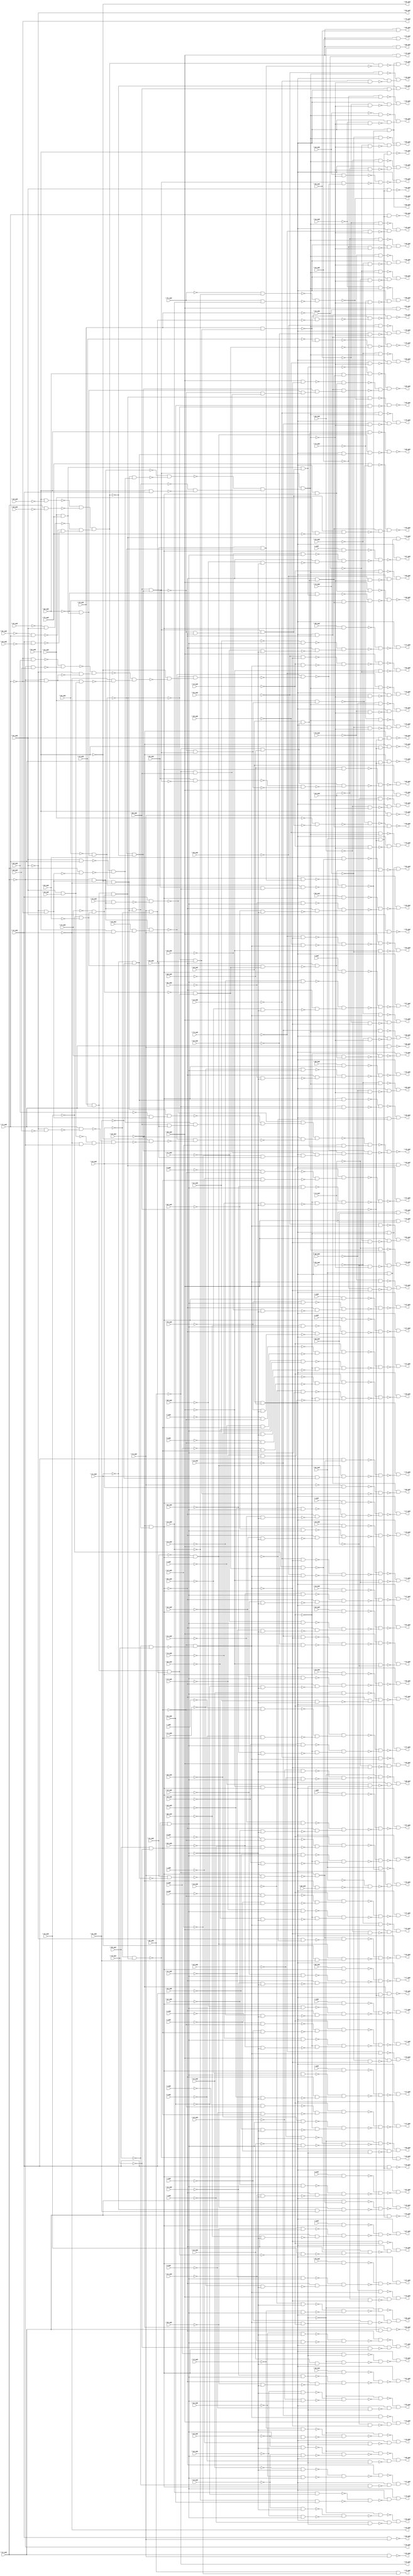
module top( \a0_pad  , \a1_pad  , \a2_pad  , \a3_pad  , \a4_pad  , a_pad , \b0_pad  , \b1_pad  , \b2_pad  , \b3_pad  , \b4_pad  , b_pad , \c0_pad  , \c1_pad  , \c2_pad  , \c3_pad  , \c4_pad  , c_pad , \d0_pad  , \d1_pad  , \d2_pad  , \d3_pad  , \d4_pad  , d_pad , \e0_pad  , \e1_pad  , \e2_pad  , \e3_pad  , \e4_pad  , e_pad , \f0_pad  , \f1_pad  , \f2_pad  , \f3_pad  , \f4_pad  , f_pad , \g0_pad  , \g1_pad  , \g2_pad  , \g3_pad  , \g4_pad  , g_pad , \h0_pad  , \h1_pad  , \h2_pad  , \h3_pad  , \h4_pad  , h_pad , \i0_pad  , \i1_pad  , \i2_pad  , \i3_pad  , \i4_pad  , i_pad , \j0_pad  , \j1_pad  , \j2_pad  , \j3_pad  , \j4_pad  , j_pad , \k0_pad  , \k1_pad  , \k2_pad  , \k3_pad  , k_pad , \l0_pad  , \l1_pad  , \l2_pad  , \l3_pad  , \l4_pad  , l_pad , \m0_pad  , \m1_pad  , \m2_pad  , \m3_pad  , \m6_pad  , m_pad , \n0_pad  , \n1_pad  , \n2_pad  , \n3_pad  , \n4_pad  , n_pad , \o0_pad  , \o1_pad  , \o2_pad  , \o3_pad  , o_pad , \p0_pad  , \p1_pad  , \p2_pad  , \p3_pad  , p_pad , \q0_pad  , \q1_pad  , \q2_pad  , \q3_pad  , q_pad , \r1_pad  , \r2_pad  , \r3_pad  , r_pad , \s0_pad  , \s1_pad  , \s2_pad  , \s3_pad  , s_pad , \t0_pad  , \t1_pad  , \t2_pad  , \t3_pad  , \t4_pad  , t_pad , \u0_pad  , \u1_pad  , \u2_pad  , \u4_pad  , u_pad , \v0_pad  , \v1_pad  , \v2_pad  , v_pad , \w0_pad  , \w1_pad  , \w2_pad  , \w3_pad  , w_pad , \x0_pad  , \x1_pad  , \x2_pad  , \x3_pad  , x_pad , \y0_pad  , \y1_pad  , \y2_pad  , \y3_pad  , y_pad , \z0_pad  , \z1_pad  , \z2_pad  , \z3_pad  , z_pad , \a5_pad  , \a6_pad  , \a7_pad  , \a8_pad  , \a9_pad  , \b5_pad  , \b6_pad  , \b7_pad  , \b8_pad  , \b9_pad  , \c5_pad  , \c6_pad  , \c7_pad  , \c8_pad  , \c9_pad  , \d5_pad  , \d6_pad  , \d7_pad  , \d8_pad  , \d9_pad  , \e5_pad  , \e6_pad  , \e7_pad  , \e8_pad  , \e9_pad  , \f5_pad  , \f6_pad  , \f7_pad  , \f8_pad  , \f9_pad  , \g5_pad  , \g6_pad  , \g7_pad  , \g8_pad  , \g9_pad  , \h5_pad  , \h6_pad  , \h7_pad  , \h8_pad  , \h9_pad  , \i5_pad  , \i6_pad  , \i7_pad  , \i8_pad  , \i9_pad  , \j5_pad  , \j6_pad  , \j7_pad  , \j8_pad  , \j9_pad  , \k5_pad  , \k6_pad  , \k7_pad  , \k8_pad  , \k9_pad  , \l5_pad  , \l6_pad  , \l7_pad  , \l8_pad  , \l9_pad  , \m7_pad  , \m8_pad  , \m9_pad  , \n5_pad  , \n6_pad  , \n7_pad  , \n8_pad  , \n9_pad  , \o4_pad  , \o5_pad  , \o6_pad  , \o7_pad  , \o8_pad  , \o9_pad  , \p4_pad  , \p5_pad  , \p6_pad  , \p7_pad  , \p8_pad  , \p9_pad  , \q4_pad  , \q5_pad  , \q6_pad  , \q7_pad  , \q8_pad  , \q9_pad  , \r4_pad  , \r5_pad  , \r6_pad  , \r7_pad  , \r8_pad  , \r9_pad  , \s4_pad  , \s6_pad  , \s7_pad  , \s8_pad  , \s9_pad  , \t6_pad  , \t7_pad  , \t8_pad  , \t9_pad  , \u6_pad  , \u7_pad  , \u8_pad  , \u9_pad  , \v4_pad  , \v6_pad  , \v7_pad  , \v8_pad  , \v9_pad  , \w4_pad  , \w5_pad  , \w6_pad  , \w7_pad  , \w8_pad  , \w9_pad  , \x4_pad  , \x5_pad  , \x6_pad  , \x7_pad  , \x8_pad  , \y4_pad  , \y5_pad  , \y6_pad  , \y7_pad  , \y8_pad  , \z4_pad  , \z5_pad  , \z6_pad  , \z7_pad  , \z8_pad  );
  input \a0_pad  ;
  input \a1_pad  ;
  input \a2_pad  ;
  input \a3_pad  ;
  input \a4_pad  ;
  input a_pad ;
  input \b0_pad  ;
  input \b1_pad  ;
  input \b2_pad  ;
  input \b3_pad  ;
  input \b4_pad  ;
  input b_pad ;
  input \c0_pad  ;
  input \c1_pad  ;
  input \c2_pad  ;
  input \c3_pad  ;
  input \c4_pad  ;
  input c_pad ;
  input \d0_pad  ;
  input \d1_pad  ;
  input \d2_pad  ;
  input \d3_pad  ;
  input \d4_pad  ;
  input d_pad ;
  input \e0_pad  ;
  input \e1_pad  ;
  input \e2_pad  ;
  input \e3_pad  ;
  input \e4_pad  ;
  input e_pad ;
  input \f0_pad  ;
  input \f1_pad  ;
  input \f2_pad  ;
  input \f3_pad  ;
  input \f4_pad  ;
  input f_pad ;
  input \g0_pad  ;
  input \g1_pad  ;
  input \g2_pad  ;
  input \g3_pad  ;
  input \g4_pad  ;
  input g_pad ;
  input \h0_pad  ;
  input \h1_pad  ;
  input \h2_pad  ;
  input \h3_pad  ;
  input \h4_pad  ;
  input h_pad ;
  input \i0_pad  ;
  input \i1_pad  ;
  input \i2_pad  ;
  input \i3_pad  ;
  input \i4_pad  ;
  input i_pad ;
  input \j0_pad  ;
  input \j1_pad  ;
  input \j2_pad  ;
  input \j3_pad  ;
  input \j4_pad  ;
  input j_pad ;
  input \k0_pad  ;
  input \k1_pad  ;
  input \k2_pad  ;
  input \k3_pad  ;
  input k_pad ;
  input \l0_pad  ;
  input \l1_pad  ;
  input \l2_pad  ;
  input \l3_pad  ;
  input \l4_pad  ;
  input l_pad ;
  input \m0_pad  ;
  input \m1_pad  ;
  input \m2_pad  ;
  input \m3_pad  ;
  input \m6_pad  ;
  input m_pad ;
  input \n0_pad  ;
  input \n1_pad  ;
  input \n2_pad  ;
  input \n3_pad  ;
  input \n4_pad  ;
  input n_pad ;
  input \o0_pad  ;
  input \o1_pad  ;
  input \o2_pad  ;
  input \o3_pad  ;
  input o_pad ;
  input \p0_pad  ;
  input \p1_pad  ;
  input \p2_pad  ;
  input \p3_pad  ;
  input p_pad ;
  input \q0_pad  ;
  input \q1_pad  ;
  input \q2_pad  ;
  input \q3_pad  ;
  input q_pad ;
  input \r1_pad  ;
  input \r2_pad  ;
  input \r3_pad  ;
  input r_pad ;
  input \s0_pad  ;
  input \s1_pad  ;
  input \s2_pad  ;
  input \s3_pad  ;
  input s_pad ;
  input \t0_pad  ;
  input \t1_pad  ;
  input \t2_pad  ;
  input \t3_pad  ;
  input \t4_pad  ;
  input t_pad ;
  input \u0_pad  ;
  input \u1_pad  ;
  input \u2_pad  ;
  input \u4_pad  ;
  input u_pad ;
  input \v0_pad  ;
  input \v1_pad  ;
  input \v2_pad  ;
  input v_pad ;
  input \w0_pad  ;
  input \w1_pad  ;
  input \w2_pad  ;
  input \w3_pad  ;
  input w_pad ;
  input \x0_pad  ;
  input \x1_pad  ;
  input \x2_pad  ;
  input \x3_pad  ;
  input x_pad ;
  input \y0_pad  ;
  input \y1_pad  ;
  input \y2_pad  ;
  input \y3_pad  ;
  input y_pad ;
  input \z0_pad  ;
  input \z1_pad  ;
  input \z2_pad  ;
  input \z3_pad  ;
  input z_pad ;
  output \a5_pad  ;
  output \a6_pad  ;
  output \a7_pad  ;
  output \a8_pad  ;
  output \a9_pad  ;
  output \b5_pad  ;
  output \b6_pad  ;
  output \b7_pad  ;
  output \b8_pad  ;
  output \b9_pad  ;
  output \c5_pad  ;
  output \c6_pad  ;
  output \c7_pad  ;
  output \c8_pad  ;
  output \c9_pad  ;
  output \d5_pad  ;
  output \d6_pad  ;
  output \d7_pad  ;
  output \d8_pad  ;
  output \d9_pad  ;
  output \e5_pad  ;
  output \e6_pad  ;
  output \e7_pad  ;
  output \e8_pad  ;
  output \e9_pad  ;
  output \f5_pad  ;
  output \f6_pad  ;
  output \f7_pad  ;
  output \f8_pad  ;
  output \f9_pad  ;
  output \g5_pad  ;
  output \g6_pad  ;
  output \g7_pad  ;
  output \g8_pad  ;
  output \g9_pad  ;
  output \h5_pad  ;
  output \h6_pad  ;
  output \h7_pad  ;
  output \h8_pad  ;
  output \h9_pad  ;
  output \i5_pad  ;
  output \i6_pad  ;
  output \i7_pad  ;
  output \i8_pad  ;
  output \i9_pad  ;
  output \j5_pad  ;
  output \j6_pad  ;
  output \j7_pad  ;
  output \j8_pad  ;
  output \j9_pad  ;
  output \k5_pad  ;
  output \k6_pad  ;
  output \k7_pad  ;
  output \k8_pad  ;
  output \k9_pad  ;
  output \l5_pad  ;
  output \l6_pad  ;
  output \l7_pad  ;
  output \l8_pad  ;
  output \l9_pad  ;
  output \m7_pad  ;
  output \m8_pad  ;
  output \m9_pad  ;
  output \n5_pad  ;
  output \n6_pad  ;
  output \n7_pad  ;
  output \n8_pad  ;
  output \n9_pad  ;
  output \o4_pad  ;
  output \o5_pad  ;
  output \o6_pad  ;
  output \o7_pad  ;
  output \o8_pad  ;
  output \o9_pad  ;
  output \p4_pad  ;
  output \p5_pad  ;
  output \p6_pad  ;
  output \p7_pad  ;
  output \p8_pad  ;
  output \p9_pad  ;
  output \q4_pad  ;
  output \q5_pad  ;
  output \q6_pad  ;
  output \q7_pad  ;
  output \q8_pad  ;
  output \q9_pad  ;
  output \r4_pad  ;
  output \r5_pad  ;
  output \r6_pad  ;
  output \r7_pad  ;
  output \r8_pad  ;
  output \r9_pad  ;
  output \s4_pad  ;
  output \s6_pad  ;
  output \s7_pad  ;
  output \s8_pad  ;
  output \s9_pad  ;
  output \t6_pad  ;
  output \t7_pad  ;
  output \t8_pad  ;
  output \t9_pad  ;
  output \u6_pad  ;
  output \u7_pad  ;
  output \u8_pad  ;
  output \u9_pad  ;
  output \v4_pad  ;
  output \v6_pad  ;
  output \v7_pad  ;
  output \v8_pad  ;
  output \v9_pad  ;
  output \w4_pad  ;
  output \w5_pad  ;
  output \w6_pad  ;
  output \w7_pad  ;
  output \w8_pad  ;
  output \w9_pad  ;
  output \x4_pad  ;
  output \x5_pad  ;
  output \x6_pad  ;
  output \x7_pad  ;
  output \x8_pad  ;
  output \y4_pad  ;
  output \y5_pad  ;
  output \y6_pad  ;
  output \y7_pad  ;
  output \y8_pad  ;
  output \z4_pad  ;
  output \z5_pad  ;
  output \z6_pad  ;
  output \z7_pad  ;
  output \z8_pad  ;
  wire n143 , n144 , n145 , n146 , n147 , n148 , n149 , n150 , n151 , n152 , n153 , n154 , n155 , n156 , n157 , n158 , n159 , n160 , n161 , n162 , n163 , n164 , n165 , n166 , n167 , n168 , n169 , n170 , n171 , n172 , n173 , n174 , n175 , n176 , n177 , n178 , n179 , n180 , n181 , n182 , n183 , n184 , n185 , n186 , n187 , n188 , n189 , n190 , n191 , n192 , n193 , n194 , n195 , n196 , n197 , n198 , n199 , n200 , n201 , n202 , n203 , n204 , n205 , n206 , n207 , n208 , n209 , n210 , n211 , n212 , n213 , n214 , n215 , n216 , n217 , n218 , n219 , n220 , n221 , n222 , n223 , n224 , n225 , n226 , n227 , n228 , n229 , n230 , n231 , n232 , n233 , n234 , n235 , n236 , n237 , n238 , n239 , n240 , n241 , n242 , n243 , n244 , n245 , n246 , n247 , n248 , n249 , n250 , n251 , n252 , n253 , n254 , n255 , n256 , n257 , n258 , n259 , n260 , n261 , n262 , n263 , n264 , n265 , n266 , n267 , n268 , n269 , n270 , n271 , n272 , n273 , n274 , n275 , n276 , n277 , n278 , n279 , n280 , n281 , n282 , n283 , n284 , n285 , n286 , n287 , n288 , n289 , n290 , n291 , n292 , n293 , n294 , n295 , n296 , n297 , n298 , n299 , n300 , n301 , n302 , n303 , n304 , n305 , n306 , n307 , n308 , n309 , n310 , n311 , n312 , n313 , n314 , n315 , n316 , n317 , n318 , n319 , n320 , n321 , n322 , n323 , n324 , n325 , n326 , n327 , n328 , n329 , n330 , n331 , n332 , n333 , n334 , n335 , n336 , n337 , n338 , n339 , n340 , n341 , n342 , n343 , n344 , n345 , n346 , n347 , n348 , n349 , n350 , n351 , n352 , n353 , n354 , n355 , n356 , n357 , n358 , n359 , n360 , n361 , n362 , n363 , n364 , n365 , n366 , n367 , n368 , n369 , n370 , n371 , n372 , n373 , n374 , n375 , n376 , n377 , n378 , n379 , n380 , n381 , n382 , n383 , n384 , n385 , n386 , n387 , n388 , n389 , n390 , n391 , n392 , n393 , n394 , n395 , n396 , n397 , n398 , n399 , n400 , n401 , n402 , n403 , n404 , n405 , n406 , n407 , n408 , n409 , n410 , n411 , n412 , n413 , n414 , n415 , n416 , n417 , n418 , n419 , n420 , n421 , n422 , n423 , n424 , n425 , n426 , n427 , n428 , n429 , n430 , n431 , n432 , n433 , n434 , n435 , n436 , n437 , n438 , n439 , n440 , n441 , n442 , n443 , n444 , n445 , n446 , n447 , n448 , n449 , n450 , n451 , n452 , n453 , n454 , n455 , n456 , n457 , n458 , n459 , n460 , n461 , n462 , n463 , n464 , n465 , n466 , n467 , n468 , n469 , n470 , n471 , n472 , n473 , n474 , n475 , n476 , n477 , n478 , n479 , n480 , n481 , n482 , n483 , n484 , n485 , n486 , n487 , n488 , n489 , n490 , n491 , n492 , n493 , n494 , n495 , n496 , n497 , n498 , n499 , n500 , n501 , n502 , n503 , n504 , n505 , n506 , n507 , n508 , n509 , n510 , n511 , n512 , n513 , n514 , n515 , n516 , n517 , n518 , n519 , n520 , n521 , n522 , n523 , n524 , n525 , n526 , n527 , n528 , n529 , n530 , n531 , n532 , n533 , n534 , n535 , n536 , n537 , n538 , n539 , n540 , n541 , n542 , n543 , n544 , n545 , n546 , n547 , n548 , n549 , n550 , n551 , n552 , n553 , n554 , n555 , n556 , n557 , n558 , n559 , n560 , n561 , n562 , n563 , n564 , n565 , n566 , n567 , n568 , n569 , n570 , n571 , n572 , n573 , n574 , n575 , n576 , n577 , n578 , n579 , n580 , n581 , n582 , n583 , n584 , n585 , n586 , n587 , n588 , n589 , n590 , n591 , n592 , n593 , n594 , n595 , n596 , n597 , n598 , n599 , n600 , n601 , n602 , n603 , n604 , n605 , n606 , n607 , n608 , n609 , n610 , n611 , n612 , n613 , n614 , n615 , n616 , n617 , n618 , n619 , n620 , n621 , n622 , n623 , n624 , n625 , n626 , n627 , n628 , n629 , n630 , n631 , n632 , n633 , n634 , n635 , n636 , n637 , n638 , n639 , n640 , n641 , n642 , n643 , n644 , n645 , n646 , n647 , n648 , n649 , n650 , n651 , n652 , n653 , n654 , n655 , n656 , n657 , n658 , n659 , n660 , n661 , n662 , n663 , n664 , n665 , n666 , n667 , n668 , n669 , n670 , n671 , n672 , n673 , n674 , n675 , n676 , n677 , n678 , n679 , n680 , n681 , n682 , n683 , n684 , n685 , n686 , n687 , n688 , n689 , n690 , n691 , n692 , n693 , n694 , n695 , n696 , n697 , n698 , n699 , n700 , n701 , n702 , n703 , n704 , n705 , n706 , n707 , n708 , n709 , n710 , n711 , n712 , n713 , n714 , n715 , n716 , n717 , n718 , n719 , n720 , n721 , n722 , n723 , n724 , n725 , n726 , n727 , n728 , n729 , n730 , n731 , n732 , n733 , n734 , n735 , n736 , n737 , n738 , n739 , n740 , n741 , n742 , n743 , n744 , n745 , n746 , n747 , n748 , n749 , n750 , n751 , n752 , n753 , n754 , n755 , n756 , n757 , n758 , n759 , n760 , n761 , n762 , n763 , n764 , n765 , n766 , n767 , n768 , n769 , n770 , n771 , n772 , n773 , n774 , n775 , n776 , n777 , n778 , n779 , n780 , n781 , n782 , n783 , n784 , n785 , n786 , n787 , n788 , n789 , n790 , n791 , n792 , n793 , n794 , n795 , n796 , n797 , n798 , n799 , n800 , n801 , n802 , n803 , n804 , n805 , n806 , n807 , n808 , n809 , n810 , n811 , n812 , n813 , n814 , n815 , n816 , n817 , n818 , n819 , n820 , n821 , n822 , n823 , n824 ;
  assign n143 = \k0_pad  & ~\l0_pad  ;
  assign n144 = ~\k0_pad  & \l0_pad  ;
  assign n145 = ~n143 & ~n144 ;
  assign n147 = ~\j3_pad  & n145 ;
  assign n146 = ~\r3_pad  & ~n145 ;
  assign n148 = \m0_pad  & ~n146 ;
  assign n149 = ~n147 & n148 ;
  assign n150 = \m1_pad  & ~\m6_pad  ;
  assign n151 = \k1_pad  & n150 ;
  assign n152 = \o0_pad  & ~\q0_pad  ;
  assign n153 = ~\k1_pad  & ~\l1_pad  ;
  assign n154 = ~\j1_pad  & n153 ;
  assign n155 = ~\h1_pad  & ~\i1_pad  ;
  assign n156 = n154 & n155 ;
  assign n157 = ~\n0_pad  & n156 ;
  assign n158 = \f0_pad  & n157 ;
  assign n159 = \y3_pad  & \z3_pad  ;
  assign n160 = ~\a4_pad  & ~\b4_pad  ;
  assign n161 = ~\c4_pad  & n160 ;
  assign n162 = n159 & n161 ;
  assign n163 = ~\x3_pad  & n162 ;
  assign n164 = \l4_pad  & ~n163 ;
  assign n166 = ~\s1_pad  & n164 ;
  assign n165 = ~\r1_pad  & ~n164 ;
  assign n167 = ~n157 & ~n165 ;
  assign n168 = ~n166 & n167 ;
  assign n169 = ~n158 & ~n168 ;
  assign n170 = n152 & ~n169 ;
  assign n171 = ~\m0_pad  & n157 ;
  assign n172 = ~h_pad & ~n143 ;
  assign n173 = ~p_pad & n143 ;
  assign n174 = ~n172 & ~n173 ;
  assign n175 = n171 & n174 ;
  assign n177 = ~\s2_pad  & n164 ;
  assign n176 = ~\r2_pad  & ~n164 ;
  assign n178 = ~n171 & ~n176 ;
  assign n179 = ~n177 & n178 ;
  assign n180 = ~n175 & ~n179 ;
  assign n181 = n152 & ~n180 ;
  assign n187 = \e4_pad  & \f4_pad  ;
  assign n188 = ~\g4_pad  & n187 ;
  assign n189 = ~\h4_pad  & n188 ;
  assign n190 = \h1_pad  & ~\x0_pad  ;
  assign n191 = \j1_pad  & ~\z0_pad  ;
  assign n195 = ~n190 & ~n191 ;
  assign n194 = ~\a1_pad  & \k1_pad  ;
  assign n192 = ~\b1_pad  & \l1_pad  ;
  assign n193 = \i1_pad  & ~\y0_pad  ;
  assign n196 = ~n192 & ~n193 ;
  assign n197 = ~n194 & n196 ;
  assign n198 = n195 & n197 ;
  assign n199 = ~n189 & ~n198 ;
  assign n200 = \m6_pad  & n199 ;
  assign n182 = \k1_pad  & \l1_pad  ;
  assign n183 = \j1_pad  & ~n153 ;
  assign n184 = ~n182 & ~n183 ;
  assign n185 = n155 & n184 ;
  assign n186 = ~n154 & ~n185 ;
  assign n201 = \h1_pad  & \i1_pad  ;
  assign n202 = ~n156 & ~n201 ;
  assign n203 = ~n186 & n202 ;
  assign n204 = n200 & n203 ;
  assign n206 = ~\s3_pad  & n204 ;
  assign n205 = ~\r3_pad  & ~n204 ;
  assign n207 = n152 & ~n205 ;
  assign n208 = ~n206 & n207 ;
  assign n210 = ~\k3_pad  & n145 ;
  assign n209 = ~\s3_pad  & ~n145 ;
  assign n211 = \m0_pad  & ~n209 ;
  assign n212 = ~n210 & n211 ;
  assign n213 = \l1_pad  & n150 ;
  assign n214 = \e0_pad  & n157 ;
  assign n216 = ~\t1_pad  & n164 ;
  assign n215 = ~\s1_pad  & ~n164 ;
  assign n217 = ~n157 & ~n215 ;
  assign n218 = ~n216 & n217 ;
  assign n219 = ~n214 & ~n218 ;
  assign n220 = n152 & ~n219 ;
  assign n221 = n145 & n171 ;
  assign n223 = ~\s2_pad  & ~n164 ;
  assign n224 = ~\t2_pad  & n164 ;
  assign n225 = ~n223 & ~n224 ;
  assign n226 = ~n221 & ~n225 ;
  assign n222 = ~i_pad & n221 ;
  assign n227 = n152 & ~n222 ;
  assign n228 = ~n226 & n227 ;
  assign n230 = ~\t3_pad  & n204 ;
  assign n229 = ~\s3_pad  & ~n204 ;
  assign n231 = n152 & ~n229 ;
  assign n232 = ~n230 & n231 ;
  assign n234 = ~\l3_pad  & n145 ;
  assign n233 = ~\t3_pad  & ~n145 ;
  assign n235 = \m0_pad  & ~n233 ;
  assign n236 = ~n234 & n235 ;
  assign n237 = \h1_pad  & \l4_pad  ;
  assign n238 = \d0_pad  & n157 ;
  assign n240 = ~\u1_pad  & n164 ;
  assign n239 = ~\t1_pad  & ~n164 ;
  assign n241 = ~n157 & ~n239 ;
  assign n242 = ~n240 & n241 ;
  assign n243 = ~n238 & ~n242 ;
  assign n244 = n152 & ~n243 ;
  assign n246 = ~\t2_pad  & ~n164 ;
  assign n247 = ~\u2_pad  & n164 ;
  assign n248 = ~n246 & ~n247 ;
  assign n249 = ~n221 & ~n248 ;
  assign n245 = ~j_pad & n221 ;
  assign n250 = n152 & ~n245 ;
  assign n251 = ~n249 & n250 ;
  assign n253 = ~\t4_pad  & n204 ;
  assign n252 = ~\t3_pad  & ~n204 ;
  assign n254 = n152 & ~n252 ;
  assign n255 = ~n253 & n254 ;
  assign n256 = \m0_pad  & \m3_pad  ;
  assign n257 = \i1_pad  & \l4_pad  ;
  assign n258 = n152 & ~n171 ;
  assign n260 = \v1_pad  & n164 ;
  assign n259 = \u1_pad  & ~n164 ;
  assign n261 = ~n157 & ~n259 ;
  assign n262 = ~n260 & n261 ;
  assign n263 = n258 & ~n262 ;
  assign n265 = ~\u2_pad  & ~n164 ;
  assign n266 = ~\v2_pad  & n164 ;
  assign n267 = ~n265 & ~n266 ;
  assign n268 = ~n221 & ~n267 ;
  assign n264 = ~k_pad & n221 ;
  assign n269 = n152 & ~n264 ;
  assign n270 = ~n268 & n269 ;
  assign n272 = ~\u4_pad  & n204 ;
  assign n271 = ~\t4_pad  & ~n204 ;
  assign n273 = n152 & ~n271 ;
  assign n274 = ~n272 & n273 ;
  assign n275 = \m0_pad  & \n3_pad  ;
  assign n276 = \j1_pad  & \l4_pad  ;
  assign n278 = ~\v1_pad  & ~n164 ;
  assign n279 = ~\w1_pad  & n164 ;
  assign n280 = ~n278 & ~n279 ;
  assign n281 = ~n157 & ~n280 ;
  assign n277 = ~\k0_pad  & n157 ;
  assign n282 = n152 & ~n277 ;
  assign n283 = ~n281 & n282 ;
  assign n285 = ~\v2_pad  & ~n164 ;
  assign n286 = ~\w2_pad  & n164 ;
  assign n287 = ~n285 & ~n286 ;
  assign n288 = ~n221 & ~n287 ;
  assign n284 = ~l_pad & n221 ;
  assign n289 = n152 & ~n284 ;
  assign n290 = ~n288 & n289 ;
  assign n292 = ~\w3_pad  & n204 ;
  assign n291 = ~\u4_pad  & ~n204 ;
  assign n293 = n152 & ~n291 ;
  assign n294 = ~n292 & n293 ;
  assign n295 = \m0_pad  & \o3_pad  ;
  assign n296 = \k1_pad  & \l4_pad  ;
  assign n298 = ~\w1_pad  & ~n164 ;
  assign n299 = ~\x1_pad  & n164 ;
  assign n300 = ~n298 & ~n299 ;
  assign n301 = ~n157 & ~n300 ;
  assign n297 = ~\l0_pad  & n157 ;
  assign n302 = n152 & ~n297 ;
  assign n303 = ~n301 & n302 ;
  assign n305 = ~\w2_pad  & ~n164 ;
  assign n306 = ~\x2_pad  & n164 ;
  assign n307 = ~n305 & ~n306 ;
  assign n308 = ~n221 & ~n307 ;
  assign n304 = ~m_pad & n221 ;
  assign n309 = n152 & ~n304 ;
  assign n310 = ~n308 & n309 ;
  assign n311 = \w3_pad  & ~n204 ;
  assign n312 = \h1_pad  & ~\i1_pad  ;
  assign n313 = \s0_pad  & n312 ;
  assign n314 = n154 & n313 ;
  assign n325 = \t0_pad  & n154 ;
  assign n326 = \i1_pad  & ~n325 ;
  assign n318 = ~\l1_pad  & \u0_pad  ;
  assign n319 = ~\j1_pad  & \w0_pad  ;
  assign n320 = ~n318 & ~n319 ;
  assign n315 = ~\j1_pad  & ~\l1_pad  ;
  assign n321 = ~\k1_pad  & ~n315 ;
  assign n322 = ~n320 & n321 ;
  assign n316 = \k1_pad  & \v0_pad  ;
  assign n317 = n315 & n316 ;
  assign n323 = ~\i1_pad  & ~n317 ;
  assign n324 = ~n322 & n323 ;
  assign n327 = ~\h1_pad  & ~n324 ;
  assign n328 = ~n326 & n327 ;
  assign n329 = ~n314 & ~n328 ;
  assign n330 = n200 & ~n329 ;
  assign n331 = ~n311 & ~n330 ;
  assign n332 = n152 & ~n331 ;
  assign n333 = \m0_pad  & \p3_pad  ;
  assign n334 = \l1_pad  & \l4_pad  ;
  assign n335 = q_pad & n157 ;
  assign n337 = ~\y1_pad  & n164 ;
  assign n336 = ~\x1_pad  & ~n164 ;
  assign n338 = ~n157 & ~n336 ;
  assign n339 = ~n337 & n338 ;
  assign n340 = ~n335 & ~n339 ;
  assign n341 = n152 & ~n340 ;
  assign n343 = ~\x2_pad  & ~n164 ;
  assign n344 = ~\y2_pad  & n164 ;
  assign n345 = ~n343 & ~n344 ;
  assign n346 = ~n221 & ~n345 ;
  assign n342 = ~n_pad & n221 ;
  assign n347 = n152 & ~n342 ;
  assign n348 = ~n346 & n347 ;
  assign n349 = n152 & ~n157 ;
  assign n350 = ~\l4_pad  & \x3_pad  ;
  assign n351 = \l4_pad  & ~\x3_pad  ;
  assign n352 = ~n162 & n351 ;
  assign n353 = ~n350 & ~n352 ;
  assign n354 = n349 & ~n353 ;
  assign n355 = \m0_pad  & \q3_pad  ;
  assign n356 = r_pad & n157 ;
  assign n358 = ~\z1_pad  & n164 ;
  assign n357 = ~\y1_pad  & ~n164 ;
  assign n359 = ~n157 & ~n357 ;
  assign n360 = ~n358 & n359 ;
  assign n361 = ~n356 & ~n360 ;
  assign n362 = n152 & ~n361 ;
  assign n364 = ~\y2_pad  & ~n164 ;
  assign n365 = ~\z2_pad  & n164 ;
  assign n366 = ~n364 & ~n365 ;
  assign n367 = ~n221 & ~n366 ;
  assign n363 = ~o_pad & n221 ;
  assign n368 = n152 & ~n363 ;
  assign n369 = ~n367 & n368 ;
  assign n370 = \y3_pad  & n352 ;
  assign n371 = ~\y3_pad  & ~n351 ;
  assign n372 = ~n370 & ~n371 ;
  assign n373 = n349 & ~n372 ;
  assign n374 = \m0_pad  & \r3_pad  ;
  assign n375 = s_pad & n157 ;
  assign n377 = ~\a2_pad  & n164 ;
  assign n376 = ~\z1_pad  & ~n164 ;
  assign n378 = ~n157 & ~n376 ;
  assign n379 = ~n377 & n378 ;
  assign n380 = ~n375 & ~n379 ;
  assign n381 = n152 & ~n380 ;
  assign n382 = p_pad & n221 ;
  assign n383 = \z2_pad  & ~n164 ;
  assign n384 = ~n221 & n383 ;
  assign n385 = ~n382 & ~n384 ;
  assign n386 = n152 & ~n385 ;
  assign n387 = ~\z3_pad  & ~n370 ;
  assign n388 = n159 & n351 ;
  assign n389 = ~n161 & n388 ;
  assign n390 = ~n387 & ~n389 ;
  assign n391 = n349 & ~n390 ;
  assign n392 = \m0_pad  & \s3_pad  ;
  assign n393 = t_pad & n157 ;
  assign n395 = ~\b2_pad  & n164 ;
  assign n394 = ~\a2_pad  & ~n164 ;
  assign n396 = ~n157 & ~n394 ;
  assign n397 = ~n395 & n396 ;
  assign n398 = ~n393 & ~n397 ;
  assign n399 = n152 & ~n398 ;
  assign n401 = ~\b3_pad  & n204 ;
  assign n400 = ~\a3_pad  & ~n204 ;
  assign n402 = n152 & ~n400 ;
  assign n403 = ~n401 & n402 ;
  assign n408 = ~n145 & n171 ;
  assign n404 = ~\a4_pad  & n389 ;
  assign n405 = \a4_pad  & ~n388 ;
  assign n406 = ~n157 & ~n405 ;
  assign n407 = ~n404 & n406 ;
  assign n409 = n152 & ~n407 ;
  assign n410 = ~n408 & n409 ;
  assign n411 = \m0_pad  & \t3_pad  ;
  assign n412 = u_pad & n157 ;
  assign n414 = ~\c2_pad  & n164 ;
  assign n413 = ~\b2_pad  & ~n164 ;
  assign n415 = ~n157 & ~n413 ;
  assign n416 = ~n414 & n415 ;
  assign n417 = ~n412 & ~n416 ;
  assign n418 = n152 & ~n417 ;
  assign n420 = ~\c3_pad  & n204 ;
  assign n419 = ~\b3_pad  & ~n204 ;
  assign n421 = n152 & ~n419 ;
  assign n422 = ~n420 & n421 ;
  assign n423 = \b4_pad  & ~n404 ;
  assign n424 = n160 & n389 ;
  assign n425 = ~n157 & ~n424 ;
  assign n426 = ~n423 & n425 ;
  assign n427 = n258 & ~n426 ;
  assign n428 = \g1_pad  & ~\j4_pad  ;
  assign n429 = v_pad & n157 ;
  assign n431 = ~\d2_pad  & n164 ;
  assign n430 = ~\c2_pad  & ~n164 ;
  assign n432 = ~n157 & ~n430 ;
  assign n433 = ~n431 & n432 ;
  assign n434 = ~n429 & ~n433 ;
  assign n435 = n152 & ~n434 ;
  assign n437 = ~\d3_pad  & n204 ;
  assign n436 = ~\c3_pad  & ~n204 ;
  assign n438 = n152 & ~n436 ;
  assign n439 = ~n437 & n438 ;
  assign n440 = \c4_pad  & n425 ;
  assign n441 = ~n171 & ~n440 ;
  assign n442 = n152 & ~n441 ;
  assign n443 = w_pad & n157 ;
  assign n445 = ~\e2_pad  & n164 ;
  assign n444 = ~\d2_pad  & ~n164 ;
  assign n446 = ~n157 & ~n444 ;
  assign n447 = ~n445 & n446 ;
  assign n448 = ~n443 & ~n447 ;
  assign n449 = n152 & ~n448 ;
  assign n451 = ~\e3_pad  & n204 ;
  assign n450 = ~\d3_pad  & ~n204 ;
  assign n452 = n152 & ~n450 ;
  assign n453 = ~n451 & n452 ;
  assign n454 = ~\q0_pad  & n157 ;
  assign n455 = ~\g1_pad  & ~\q0_pad  ;
  assign n456 = \d4_pad  & ~n200 ;
  assign n457 = ~\d4_pad  & n200 ;
  assign n458 = ~n456 & ~n457 ;
  assign n459 = n455 & ~n458 ;
  assign n460 = ~n454 & ~n459 ;
  assign n461 = \o0_pad  & ~n460 ;
  assign n462 = \h1_pad  & ~\m6_pad  ;
  assign n463 = ~\n0_pad  & n462 ;
  assign n464 = ~\f1_pad  & ~\i4_pad  ;
  assign n465 = \f1_pad  & \i4_pad  ;
  assign n466 = ~n464 & ~n465 ;
  assign n467 = x_pad & n157 ;
  assign n469 = ~\f2_pad  & n164 ;
  assign n468 = ~\e2_pad  & ~n164 ;
  assign n470 = ~n157 & ~n468 ;
  assign n471 = ~n469 & n470 ;
  assign n472 = ~n467 & ~n471 ;
  assign n473 = n152 & ~n472 ;
  assign n475 = ~\f3_pad  & n204 ;
  assign n474 = ~\e3_pad  & ~n204 ;
  assign n476 = n152 & ~n474 ;
  assign n477 = ~n475 & n476 ;
  assign n478 = \e4_pad  & n457 ;
  assign n479 = ~\d4_pad  & ~n157 ;
  assign n480 = n200 & n479 ;
  assign n481 = ~\e4_pad  & ~n480 ;
  assign n482 = ~n478 & ~n481 ;
  assign n483 = \o0_pad  & n455 ;
  assign n484 = ~n157 & n483 ;
  assign n485 = ~n482 & n484 ;
  assign n486 = \i1_pad  & ~\m6_pad  ;
  assign n487 = ~\n0_pad  & n486 ;
  assign n488 = \x3_pad  & n162 ;
  assign n489 = y_pad & n157 ;
  assign n491 = ~\g2_pad  & n164 ;
  assign n490 = ~\f2_pad  & ~n164 ;
  assign n492 = ~n157 & ~n490 ;
  assign n493 = ~n491 & n492 ;
  assign n494 = ~n489 & ~n493 ;
  assign n495 = n152 & ~n494 ;
  assign n497 = ~\g3_pad  & n204 ;
  assign n496 = ~\f3_pad  & ~n204 ;
  assign n498 = n152 & ~n496 ;
  assign n499 = ~n497 & n498 ;
  assign n502 = \f4_pad  & ~n478 ;
  assign n500 = \e4_pad  & ~\f4_pad  ;
  assign n501 = n480 & n500 ;
  assign n503 = n484 & ~n501 ;
  assign n504 = ~n502 & n503 ;
  assign n505 = ~\l3_pad  & ~n145 ;
  assign n506 = ~\d3_pad  & n145 ;
  assign n507 = ~n505 & ~n506 ;
  assign n508 = \m0_pad  & ~n507 ;
  assign n509 = ~\m0_pad  & ~\t3_pad  ;
  assign n510 = ~n508 & ~n509 ;
  assign n511 = \j1_pad  & ~\m6_pad  ;
  assign n512 = ~\n0_pad  & n511 ;
  assign n513 = \n4_pad  & ~n189 ;
  assign n514 = n198 & n513 ;
  assign n515 = \d4_pad  & ~\g1_pad  ;
  assign n516 = n189 & n515 ;
  assign n517 = ~n514 & ~n516 ;
  assign n518 = n152 & ~n517 ;
  assign n519 = z_pad & n157 ;
  assign n521 = ~\h2_pad  & n164 ;
  assign n520 = ~\g2_pad  & ~n164 ;
  assign n522 = ~n157 & ~n520 ;
  assign n523 = ~n521 & n522 ;
  assign n524 = ~n519 & ~n523 ;
  assign n525 = n152 & ~n524 ;
  assign n527 = ~\h3_pad  & n204 ;
  assign n526 = ~\g3_pad  & ~n204 ;
  assign n528 = n152 & ~n526 ;
  assign n529 = ~n527 & n528 ;
  assign n538 = n187 & n480 ;
  assign n539 = \g4_pad  & n484 ;
  assign n540 = ~n538 & n539 ;
  assign n530 = \m0_pad  & ~n145 ;
  assign n531 = n152 & n157 ;
  assign n532 = ~n530 & n531 ;
  assign n533 = ~\g1_pad  & \m6_pad  ;
  assign n534 = ~\d4_pad  & n533 ;
  assign n535 = n188 & n534 ;
  assign n536 = n199 & n535 ;
  assign n537 = n349 & n536 ;
  assign n541 = ~n532 & ~n537 ;
  assign n542 = ~n540 & n541 ;
  assign n543 = ~\k3_pad  & ~n145 ;
  assign n544 = ~\c3_pad  & n145 ;
  assign n545 = ~n543 & ~n544 ;
  assign n546 = \m0_pad  & ~n545 ;
  assign n547 = ~\m0_pad  & ~\s3_pad  ;
  assign n548 = ~n546 & ~n547 ;
  assign n549 = \k1_pad  & ~\m6_pad  ;
  assign n550 = ~\n0_pad  & n549 ;
  assign n551 = \h1_pad  & n483 ;
  assign n552 = ~\e1_pad  & n157 ;
  assign n553 = ~\c1_pad  & ~\d1_pad  ;
  assign n554 = n152 & n553 ;
  assign n555 = n552 & n554 ;
  assign n556 = ~n551 & ~n555 ;
  assign n557 = \a0_pad  & n157 ;
  assign n559 = ~\i2_pad  & n164 ;
  assign n558 = ~\h2_pad  & ~n164 ;
  assign n560 = ~n157 & ~n558 ;
  assign n561 = ~n559 & n560 ;
  assign n562 = ~n557 & ~n561 ;
  assign n563 = n152 & ~n562 ;
  assign n565 = ~\i3_pad  & n204 ;
  assign n564 = ~\h3_pad  & ~n204 ;
  assign n566 = n152 & ~n564 ;
  assign n567 = ~n565 & n566 ;
  assign n568 = \m0_pad  & n531 ;
  assign n569 = ~\g4_pad  & n538 ;
  assign n570 = \h4_pad  & n484 ;
  assign n571 = ~n569 & n570 ;
  assign n572 = ~n568 & ~n571 ;
  assign n573 = ~\j3_pad  & ~n145 ;
  assign n574 = ~\b3_pad  & n145 ;
  assign n575 = ~n573 & ~n574 ;
  assign n576 = \m0_pad  & ~n575 ;
  assign n577 = ~\m0_pad  & ~\r3_pad  ;
  assign n578 = ~n576 & ~n577 ;
  assign n579 = \l1_pad  & ~\m6_pad  ;
  assign n580 = ~\n0_pad  & n579 ;
  assign n581 = \e1_pad  & ~n553 ;
  assign n582 = n157 & ~n581 ;
  assign n583 = ~\g1_pad  & ~n582 ;
  assign n584 = \i1_pad  & n583 ;
  assign n585 = \c1_pad  & ~\d1_pad  ;
  assign n586 = n552 & n585 ;
  assign n587 = ~n584 & ~n586 ;
  assign n588 = n152 & ~n587 ;
  assign n589 = \b0_pad  & n157 ;
  assign n591 = ~\j2_pad  & n164 ;
  assign n590 = ~\i2_pad  & ~n164 ;
  assign n592 = ~n157 & ~n590 ;
  assign n593 = ~n591 & n592 ;
  assign n594 = ~n589 & ~n593 ;
  assign n595 = n152 & ~n594 ;
  assign n597 = ~\j3_pad  & n204 ;
  assign n596 = ~\i3_pad  & ~n204 ;
  assign n598 = n152 & ~n596 ;
  assign n599 = ~n597 & n598 ;
  assign n600 = \i4_pad  & ~\n1_pad  ;
  assign n601 = ~\i4_pad  & \n1_pad  ;
  assign n602 = ~n600 & ~n601 ;
  assign n603 = n152 & ~n602 ;
  assign n604 = n164 & n603 ;
  assign n605 = ~\i3_pad  & ~n145 ;
  assign n606 = ~\a3_pad  & n145 ;
  assign n607 = ~n605 & ~n606 ;
  assign n608 = \m0_pad  & ~n607 ;
  assign n609 = ~\m0_pad  & ~\q3_pad  ;
  assign n610 = ~n608 & ~n609 ;
  assign n611 = \j1_pad  & n583 ;
  assign n612 = ~\c1_pad  & \d1_pad  ;
  assign n613 = n552 & n612 ;
  assign n614 = ~n611 & ~n613 ;
  assign n615 = n152 & ~n614 ;
  assign n616 = \c0_pad  & n157 ;
  assign n618 = ~\k2_pad  & n164 ;
  assign n617 = ~\j2_pad  & ~n164 ;
  assign n619 = ~n157 & ~n617 ;
  assign n620 = ~n618 & n619 ;
  assign n621 = ~n616 & ~n620 ;
  assign n622 = n152 & ~n621 ;
  assign n624 = ~\k3_pad  & n204 ;
  assign n623 = ~\j3_pad  & ~n204 ;
  assign n625 = n152 & ~n623 ;
  assign n626 = ~n624 & n625 ;
  assign n634 = ~\u0_pad  & n153 ;
  assign n635 = n155 & n634 ;
  assign n636 = \m6_pad  & \n4_pad  ;
  assign n637 = n184 & n636 ;
  assign n638 = ~n635 & n637 ;
  assign n639 = ~n326 & n638 ;
  assign n627 = ~\k1_pad  & ~\w0_pad  ;
  assign n628 = \l1_pad  & ~n627 ;
  assign n629 = ~\i1_pad  & ~\j1_pad  ;
  assign n630 = ~n316 & n629 ;
  assign n631 = ~n628 & n630 ;
  assign n632 = ~\h1_pad  & ~n631 ;
  assign n633 = ~n314 & ~n632 ;
  assign n640 = n199 & ~n633 ;
  assign n641 = n639 & n640 ;
  assign n642 = \j4_pad  & n483 ;
  assign n643 = ~n641 & n642 ;
  assign n644 = ~\j4_pad  & \n4_pad  ;
  assign n645 = n152 & n644 ;
  assign n646 = n533 & n645 ;
  assign n647 = n199 & n646 ;
  assign n648 = ~n329 & n647 ;
  assign n649 = ~n643 & ~n648 ;
  assign n650 = ~\k1_pad  & ~n552 ;
  assign n651 = n583 & ~n650 ;
  assign n652 = \c1_pad  & \d1_pad  ;
  assign n653 = n552 & n652 ;
  assign n654 = ~n651 & ~n653 ;
  assign n655 = n152 & ~n654 ;
  assign n656 = ~a_pad & ~n143 ;
  assign n657 = ~i_pad & n143 ;
  assign n658 = ~n656 & ~n657 ;
  assign n659 = n171 & n658 ;
  assign n661 = ~\l2_pad  & n164 ;
  assign n660 = ~\k2_pad  & ~n164 ;
  assign n662 = ~n171 & ~n660 ;
  assign n663 = ~n661 & n662 ;
  assign n664 = ~n659 & ~n663 ;
  assign n665 = n152 & ~n664 ;
  assign n667 = ~\l3_pad  & n204 ;
  assign n666 = ~\k3_pad  & ~n204 ;
  assign n668 = n152 & ~n666 ;
  assign n669 = ~n667 & n668 ;
  assign n670 = \m1_pad  & n152 ;
  assign n671 = n162 & n670 ;
  assign n672 = n157 & n553 ;
  assign n673 = ~\g1_pad  & \l1_pad  ;
  assign n674 = ~n672 & ~n673 ;
  assign n675 = n152 & ~n552 ;
  assign n676 = ~n674 & n675 ;
  assign n677 = ~b_pad & ~n143 ;
  assign n678 = ~j_pad & n143 ;
  assign n679 = ~n677 & ~n678 ;
  assign n680 = n171 & n679 ;
  assign n682 = ~\m2_pad  & n164 ;
  assign n681 = ~\l2_pad  & ~n164 ;
  assign n683 = ~n171 & ~n681 ;
  assign n684 = ~n682 & n683 ;
  assign n685 = ~n680 & ~n684 ;
  assign n686 = n152 & ~n685 ;
  assign n688 = ~\m3_pad  & n204 ;
  assign n687 = ~\l3_pad  & ~n204 ;
  assign n689 = n152 & ~n687 ;
  assign n690 = ~n688 & n689 ;
  assign n691 = ~n163 & n670 ;
  assign n693 = ~\e3_pad  & n145 ;
  assign n692 = ~\m3_pad  & ~n145 ;
  assign n694 = \m0_pad  & ~n692 ;
  assign n695 = ~n693 & n694 ;
  assign n698 = \m1_pad  & ~n517 ;
  assign n696 = ~\n0_pad  & \p0_pad  ;
  assign n697 = ~\m1_pad  & ~n696 ;
  assign n699 = n152 & ~n697 ;
  assign n700 = ~n698 & n699 ;
  assign n701 = ~c_pad & ~n143 ;
  assign n702 = ~k_pad & n143 ;
  assign n703 = ~n701 & ~n702 ;
  assign n704 = n171 & n703 ;
  assign n706 = ~\n2_pad  & n164 ;
  assign n705 = ~\m2_pad  & ~n164 ;
  assign n707 = ~n171 & ~n705 ;
  assign n708 = ~n706 & n707 ;
  assign n709 = ~n704 & ~n708 ;
  assign n710 = n152 & ~n709 ;
  assign n712 = ~\n3_pad  & n204 ;
  assign n711 = ~\m3_pad  & ~n204 ;
  assign n713 = n152 & ~n711 ;
  assign n714 = ~n712 & n713 ;
  assign n715 = n198 & ~n513 ;
  assign n716 = n518 & ~n715 ;
  assign n718 = ~\f3_pad  & n145 ;
  assign n717 = ~\n3_pad  & ~n145 ;
  assign n719 = \m0_pad  & ~n717 ;
  assign n720 = ~n718 & n719 ;
  assign n721 = n162 & ~n466 ;
  assign n722 = \n1_pad  & ~n162 ;
  assign n723 = ~n721 & ~n722 ;
  assign n724 = \j0_pad  & n157 ;
  assign n726 = ~\o1_pad  & n164 ;
  assign n725 = ~\n1_pad  & ~n164 ;
  assign n727 = ~n157 & ~n725 ;
  assign n728 = ~n726 & n727 ;
  assign n729 = ~n724 & ~n728 ;
  assign n730 = n152 & ~n729 ;
  assign n731 = ~d_pad & ~n143 ;
  assign n732 = ~l_pad & n143 ;
  assign n733 = ~n731 & ~n732 ;
  assign n734 = n171 & n733 ;
  assign n736 = ~\o2_pad  & n164 ;
  assign n735 = ~\n2_pad  & ~n164 ;
  assign n737 = ~n171 & ~n735 ;
  assign n738 = ~n736 & n737 ;
  assign n739 = ~n734 & ~n738 ;
  assign n740 = n152 & ~n739 ;
  assign n742 = ~\o3_pad  & n204 ;
  assign n741 = ~\n3_pad  & ~n204 ;
  assign n743 = n152 & ~n741 ;
  assign n744 = ~n742 & n743 ;
  assign n745 = \m6_pad  & n152 ;
  assign n746 = ~n198 & n745 ;
  assign n748 = ~\g3_pad  & n145 ;
  assign n747 = ~\o3_pad  & ~n145 ;
  assign n749 = \m0_pad  & ~n747 ;
  assign n750 = ~n748 & n749 ;
  assign n751 = \h1_pad  & n150 ;
  assign n752 = \i0_pad  & n157 ;
  assign n754 = ~\p1_pad  & n164 ;
  assign n753 = ~\o1_pad  & ~n164 ;
  assign n755 = ~n157 & ~n753 ;
  assign n756 = ~n754 & n755 ;
  assign n757 = ~n752 & ~n756 ;
  assign n758 = n152 & ~n757 ;
  assign n759 = ~e_pad & ~n143 ;
  assign n760 = ~m_pad & n143 ;
  assign n761 = ~n759 & ~n760 ;
  assign n762 = n171 & n761 ;
  assign n764 = ~\p2_pad  & n164 ;
  assign n763 = ~\o2_pad  & ~n164 ;
  assign n765 = ~n171 & ~n763 ;
  assign n766 = ~n764 & n765 ;
  assign n767 = ~n762 & ~n766 ;
  assign n768 = n152 & ~n767 ;
  assign n770 = ~\p3_pad  & n204 ;
  assign n769 = ~\o3_pad  & ~n204 ;
  assign n771 = n152 & ~n769 ;
  assign n772 = ~n770 & n771 ;
  assign n774 = ~\h3_pad  & n145 ;
  assign n773 = ~\p3_pad  & ~n145 ;
  assign n775 = \m0_pad  & ~n773 ;
  assign n776 = ~n774 & n775 ;
  assign n777 = \i1_pad  & n150 ;
  assign n778 = \h0_pad  & n157 ;
  assign n780 = ~\q1_pad  & n164 ;
  assign n779 = ~\p1_pad  & ~n164 ;
  assign n781 = ~n157 & ~n779 ;
  assign n782 = ~n780 & n781 ;
  assign n783 = ~n778 & ~n782 ;
  assign n784 = n152 & ~n783 ;
  assign n785 = ~f_pad & ~n143 ;
  assign n786 = ~n_pad & n143 ;
  assign n787 = ~n785 & ~n786 ;
  assign n788 = n171 & n787 ;
  assign n790 = ~\q2_pad  & n164 ;
  assign n789 = ~\p2_pad  & ~n164 ;
  assign n791 = ~n171 & ~n789 ;
  assign n792 = ~n790 & n791 ;
  assign n793 = ~n788 & ~n792 ;
  assign n794 = n152 & ~n793 ;
  assign n796 = ~\q3_pad  & n204 ;
  assign n795 = ~\p3_pad  & ~n204 ;
  assign n797 = n152 & ~n795 ;
  assign n798 = ~n796 & n797 ;
  assign n800 = ~\i3_pad  & n145 ;
  assign n799 = ~\q3_pad  & ~n145 ;
  assign n801 = \m0_pad  & ~n799 ;
  assign n802 = ~n800 & n801 ;
  assign n803 = \j1_pad  & n150 ;
  assign n804 = \g0_pad  & n157 ;
  assign n806 = ~\r1_pad  & n164 ;
  assign n805 = ~\q1_pad  & ~n164 ;
  assign n807 = ~n157 & ~n805 ;
  assign n808 = ~n806 & n807 ;
  assign n809 = ~n804 & ~n808 ;
  assign n810 = n152 & ~n809 ;
  assign n811 = ~g_pad & ~n143 ;
  assign n812 = ~o_pad & n143 ;
  assign n813 = ~n811 & ~n812 ;
  assign n814 = n171 & n813 ;
  assign n816 = ~\r2_pad  & n164 ;
  assign n815 = ~\q2_pad  & ~n164 ;
  assign n817 = ~n171 & ~n815 ;
  assign n818 = ~n816 & n817 ;
  assign n819 = ~n814 & ~n818 ;
  assign n820 = n152 & ~n819 ;
  assign n822 = ~\r3_pad  & n204 ;
  assign n821 = ~\q3_pad  & ~n204 ;
  assign n823 = n152 & ~n821 ;
  assign n824 = ~n822 & n823 ;
  assign \a5_pad  = n149 ;
  assign \a6_pad  = ~n151 ;
  assign \a7_pad  = n170 ;
  assign \a8_pad  = n181 ;
  assign \a9_pad  = n208 ;
  assign \b5_pad  = n212 ;
  assign \b6_pad  = ~n213 ;
  assign \b7_pad  = n220 ;
  assign \b8_pad  = n228 ;
  assign \b9_pad  = n232 ;
  assign \c5_pad  = n236 ;
  assign \c6_pad  = ~n237 ;
  assign \c7_pad  = n244 ;
  assign \c8_pad  = n251 ;
  assign \c9_pad  = n255 ;
  assign \d5_pad  = n256 ;
  assign \d6_pad  = ~n257 ;
  assign \d7_pad  = n263 ;
  assign \d8_pad  = n270 ;
  assign \d9_pad  = n274 ;
  assign \e5_pad  = n275 ;
  assign \e6_pad  = ~n276 ;
  assign \e7_pad  = n283 ;
  assign \e8_pad  = n290 ;
  assign \e9_pad  = n294 ;
  assign \f5_pad  = n295 ;
  assign \f6_pad  = ~n296 ;
  assign \f7_pad  = n303 ;
  assign \f8_pad  = n310 ;
  assign \f9_pad  = n332 ;
  assign \g5_pad  = n333 ;
  assign \g6_pad  = ~n334 ;
  assign \g7_pad  = n341 ;
  assign \g8_pad  = n348 ;
  assign \g9_pad  = n354 ;
  assign \h5_pad  = n355 ;
  assign \h6_pad  = ~\h1_pad  ;
  assign \h7_pad  = n362 ;
  assign \h8_pad  = n369 ;
  assign \h9_pad  = ~n373 ;
  assign \i5_pad  = n374 ;
  assign \i6_pad  = ~\i1_pad  ;
  assign \i7_pad  = n381 ;
  assign \i8_pad  = n386 ;
  assign \i9_pad  = ~n391 ;
  assign \j5_pad  = n392 ;
  assign \j6_pad  = ~\j1_pad  ;
  assign \j7_pad  = n399 ;
  assign \j8_pad  = n403 ;
  assign \j9_pad  = n410 ;
  assign \k5_pad  = n411 ;
  assign \k6_pad  = ~\k1_pad  ;
  assign \k7_pad  = n418 ;
  assign \k8_pad  = n422 ;
  assign \k9_pad  = n427 ;
  assign \l5_pad  = n428 ;
  assign \l6_pad  = ~\l1_pad  ;
  assign \l7_pad  = n435 ;
  assign \l8_pad  = n439 ;
  assign \l9_pad  = n442 ;
  assign \m7_pad  = n449 ;
  assign \m8_pad  = n453 ;
  assign \m9_pad  = n461 ;
  assign \n5_pad  = ~n463 ;
  assign \n6_pad  = ~n466 ;
  assign \n7_pad  = n473 ;
  assign \n8_pad  = n477 ;
  assign \n9_pad  = ~n485 ;
  assign \o4_pad  = ~\g1_pad  ;
  assign \o5_pad  = ~n487 ;
  assign \o6_pad  = n488 ;
  assign \o7_pad  = n495 ;
  assign \o8_pad  = n499 ;
  assign \o9_pad  = ~n504 ;
  assign \p4_pad  = n510 ;
  assign \p5_pad  = ~n512 ;
  assign \p6_pad  = n518 ;
  assign \p7_pad  = n525 ;
  assign \p8_pad  = n529 ;
  assign \p9_pad  = ~n542 ;
  assign \q4_pad  = n548 ;
  assign \q5_pad  = ~n550 ;
  assign \q6_pad  = ~n556 ;
  assign \q7_pad  = n563 ;
  assign \q8_pad  = n567 ;
  assign \q9_pad  = ~n572 ;
  assign \r4_pad  = n578 ;
  assign \r5_pad  = ~n580 ;
  assign \r6_pad  = n588 ;
  assign \r7_pad  = n595 ;
  assign \r8_pad  = n599 ;
  assign \r9_pad  = n604 ;
  assign \s4_pad  = n610 ;
  assign \s6_pad  = n615 ;
  assign \s7_pad  = n622 ;
  assign \s8_pad  = n626 ;
  assign \s9_pad  = ~n649 ;
  assign \t6_pad  = n655 ;
  assign \t7_pad  = n665 ;
  assign \t8_pad  = n669 ;
  assign \t9_pad  = n671 ;
  assign \u6_pad  = n676 ;
  assign \u7_pad  = n686 ;
  assign \u8_pad  = n690 ;
  assign \u9_pad  = n691 ;
  assign \v4_pad  = n695 ;
  assign \v6_pad  = n700 ;
  assign \v7_pad  = n710 ;
  assign \v8_pad  = n714 ;
  assign \v9_pad  = n716 ;
  assign \w4_pad  = n720 ;
  assign \w5_pad  = ~n723 ;
  assign \w6_pad  = n730 ;
  assign \w7_pad  = n740 ;
  assign \w8_pad  = n744 ;
  assign \w9_pad  = n746 ;
  assign \x4_pad  = n750 ;
  assign \x5_pad  = ~n751 ;
  assign \x6_pad  = n758 ;
  assign \x7_pad  = n768 ;
  assign \x8_pad  = n772 ;
  assign \y4_pad  = n776 ;
  assign \y5_pad  = ~n777 ;
  assign \y6_pad  = n784 ;
  assign \y7_pad  = n794 ;
  assign \y8_pad  = n798 ;
  assign \z4_pad  = n802 ;
  assign \z5_pad  = ~n803 ;
  assign \z6_pad  = n810 ;
  assign \z7_pad  = n820 ;
  assign \z8_pad  = n824 ;
endmodule